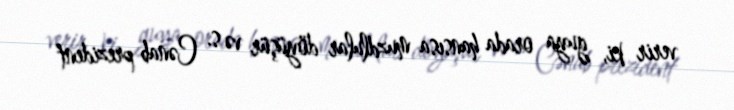
verir ki, guya orada hansısa muzdlular döyüşür və s. Cənab prezident